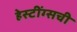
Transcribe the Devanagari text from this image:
हेस्टींग्सची